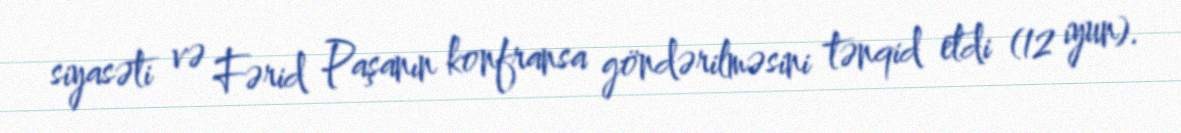
siyasəti və Fərid Paşanın konfransa göndərilməsini tənqid etdi (12 iyun).